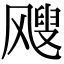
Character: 飕